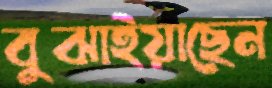
বুঝাইয়াছেন